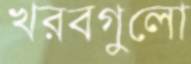
খরবগুলো